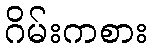
ဂိမ်းကစား